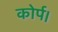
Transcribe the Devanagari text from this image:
कोर्प।